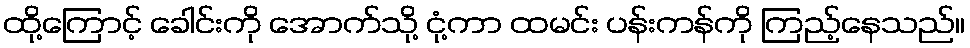
ထို့ကြောင့် ခေါင်းကို အောက်သို့ ငုံ့ကာ ထမင်း ပန်းကန်ကို ကြည့်နေသည်။